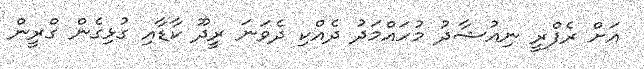
އަށް ރެފްރީ ނިއުޝާދު މުހައްމަދު ދެއްކި ދެވަނަ ރީދޫ ކާޑާއި ގުޅިގެން ގްރީން